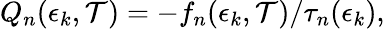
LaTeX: Q_{n}(\epsilon_{k},\mathcal{T})=-f_{n}(\epsilon_{k},\mathcal{T})/\tau_{n}(\epsilon_{k}),